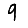
Digit: 9